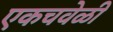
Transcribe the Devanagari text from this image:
एकचवेळी